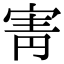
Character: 寈